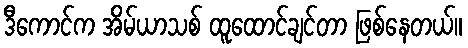
ဒီကောင်က အိမ်ယာသစ် ထူထောင်ချင်တာ ဖြစ်နေတယ်။